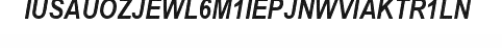
IUSAUOZJEWL6M1IEPJNWVIAKTR1LN